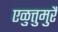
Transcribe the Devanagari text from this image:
एळुत्तुमुरै